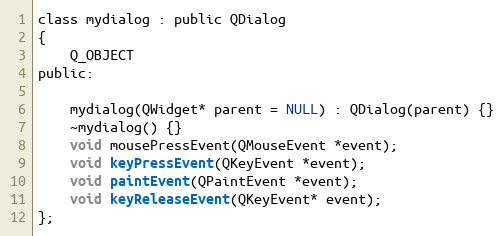
Language: C
class mydialog : public QDialog
{
    Q_OBJECT
public:

    mydialog(QWidget* parent = NULL) : QDialog(parent) {}
    ~mydialog() {}
    void mousePressEvent(QMouseEvent *event);
    void keyPressEvent(QKeyEvent *event);
    void paintEvent(QPaintEvent *event);
    void keyReleaseEvent(QKeyEvent* event);
};